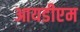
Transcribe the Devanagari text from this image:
आयडीएम